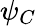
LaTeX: \psi_{C}